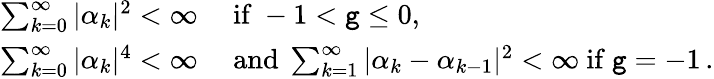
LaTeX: \begin{array}{rl}{\sum_{k=0}^{\infty}|\alpha_{k}|^{2}<\infty\ }&{\mathrm{if}\ -1<{\tt g}\leq 0,}\\ {\sum_{k=0}^{\infty}|\alpha_{k}|^{4}<\infty\ }&{\mathrm{and}\ \sum_{k=1}^{\infty}|\alpha_{k}-\alpha_{k-1}|^{2}<\infty\ \mathrm{if}\ {\tt g}=-1\, .}\end{array}